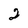
Character: 2